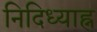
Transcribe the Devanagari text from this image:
निदिध्याह्न